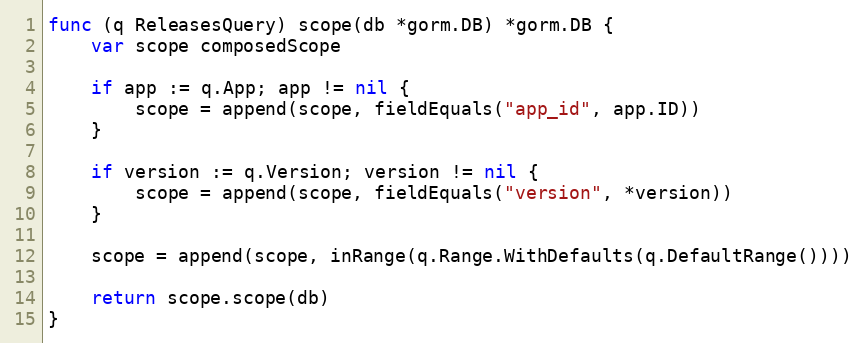
Language: Go
func (q ReleasesQuery) scope(db *gorm.DB) *gorm.DB {
	var scope composedScope

	if app := q.App; app != nil {
		scope = append(scope, fieldEquals("app_id", app.ID))
	}

	if version := q.Version; version != nil {
		scope = append(scope, fieldEquals("version", *version))
	}

	scope = append(scope, inRange(q.Range.WithDefaults(q.DefaultRange())))

	return scope.scope(db)
}